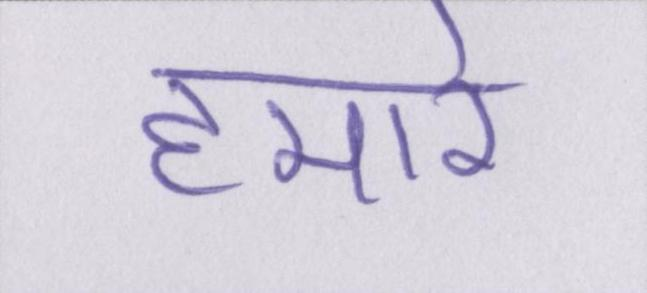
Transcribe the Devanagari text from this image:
हमारे